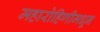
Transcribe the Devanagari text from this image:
महारोहिणीमधून